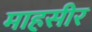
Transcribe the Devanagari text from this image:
माहसीर